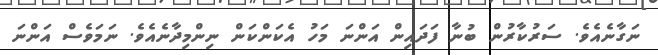
ނަގާނެއެވެ. ސަރުކާރުން ބުނާ ފަދައިން އަންނަ މަހު އެކަންކަން ނިންމިދާނެއެވެ. ނަމަވެސް އަންނަ